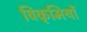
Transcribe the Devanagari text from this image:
विकृमियों